Annual report on the health of the army in India
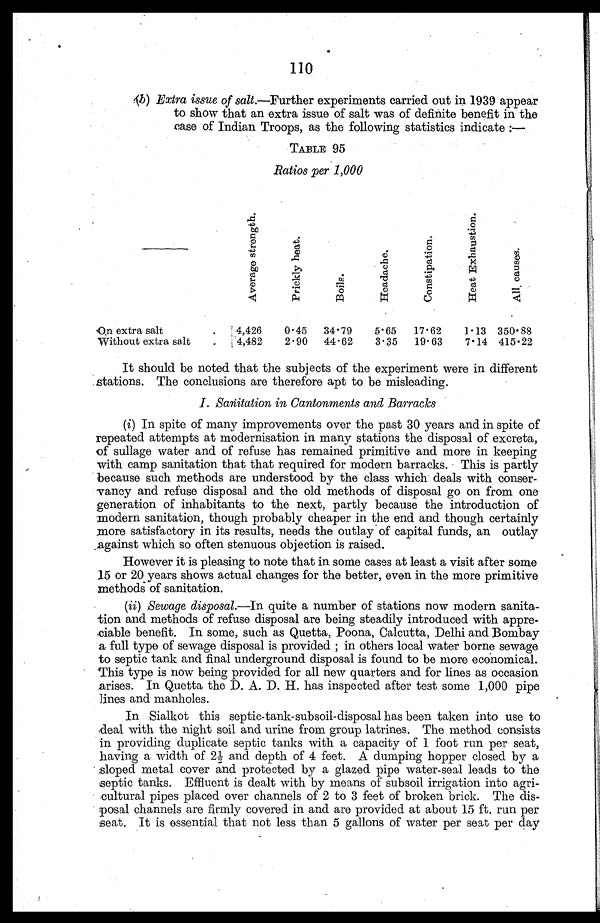
110
( b ) E x t r a i s s u e o f
s a l t . — F u r t h e r e x p e r i m e n t s c a r r i e d o u t i n 1 9 3 9 a p p e a r
to show that an extra issue of salt was of definite benefit in the
case of Indian Troops, as the following statistics indicate :—
TABLE 95
Ratios per 1,000
A v e r a g e s t r e n g t h . P r i c k l y h e a t .
B o i l s .
H e a d a c h e .
C o n s t i p a t i o n .
H e a t E x h a u s t i o n .
A l l c a u s e s .
On extra salt .
4,426
0.45
34.79
5.65
17 . 62
1.13 350.88
Without extra salt .
4,482
2.90
44.62
3.35
19.63
7.14 415.22
It should be noted that the subjects of the experiment were in different
stations. The conclusions are therefore apt to be misleading.
I. Sanitation in Cantonments and Barracks
( i ) I n s p i t e o f m a n y i m p r o v e m e n t s o v e r t h e p a s t 3 0 y e a r s a n d i n s p i t e o f
repeated attempts at modernisation in many stations the disposal of excreta,
of sullage water and of refuse has remained primitive and more in keeping
with camp sanitation that that required for modern barracks. This is partly
because such methods are understood by the class which deals with conser--
vancy and refuse disposal and the old methods of disposal go on from one
generation of inhabitants to the next, partly because the introduction of
modern sanitation, though probably cheaper in the end and though certainly
more satisfactory in its results, needs the outlay of capital funds, an outlay
against which so often stenuous objection is raised.
However it is pleasing to note that in some cases at least a visit after some
15 or 20 years shows actual changes for the better, even in the more primitive
methods of sanitation.
( i i ) S e w a g e d i s p o s a l . —
In quite a number of stations now modern sanita--
tion and methods of refuse disposal are being steadily introduced with appre-
ciable benefit. In some, such as Quetta, Poona, Calcutta, Delhi and Bombay
a full type of sewage disposal is provided ; in others local water borne sewage
to septic tank and final underground disposal is found to be more economical.
This type is now being provided for all new quarters and for lines as occasion
arises. In Quetta the D. A. D. H. has inspected after test some 1,000 pipe
lines and manholes.
In Sialkot this septic-tank-subsoil-disposal has been taken into use to
deal with the night soil and urine from group latrines. The method consists
in providing duplicate septic tanks with a capacity of 1 foot run per seat,
having a width of 2½ and depth of 4 feet. A dumping hopper closed by a
sloped metal cover and protected by a glazed pipe water-seal leads to the
septic tanks. Effluent is dealt with by means of subsoil irrigation into agri
-cultural pipes placed over channels of 2 to 3 feet of broken brick. The dis-
- p o s a l c h a n n e l s a r e f i r m l y c o v e r e d i n a n d a r e p r o v i d e d a t a b o u t 1 5 f t . r u n p e r
seat. It is essential that not less than 5 gallons of water per seat per day